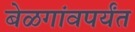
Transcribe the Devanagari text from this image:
बेळगांवपर्यंत